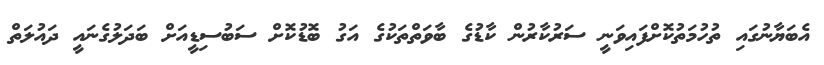
އެބަޔާނުގައި ތުހުމަތުކޮށްފައިވަނީ ސަރުކާރުން ކާޑުގެ ބާވަތްތަކުގެ އަގު ބޮޑުކޮށް ސަބުސިޑީއަށް ބަދަލުގެނައީ ދައުލަތް